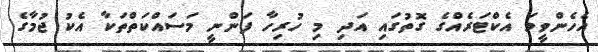
އެހެންވީމަ އެކްޓަރެއްގެ ގޮތުގައި އަދި މި ހުރިހާ ފަންނީ މަސައްކަތްތަކާ އެކު ޖުމާގެ